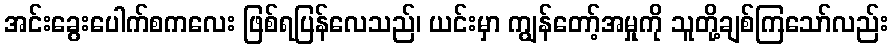
အင်းခွေးပေါက်စကလေး ဖြစ်ရပြန်လေသည်၊ ယင်းမှာ ကျွန်တော့်အမှုကို သူတို့ချစ်ကြသော်လည်း